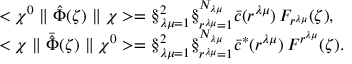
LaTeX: \begin{array} { l } { { < \chi ^ { 0 } \parallel \hat { \Phi } ( \zeta ) \parallel \chi > = \S _ { \lambda \mu = 1 } ^ { 2 } \S _ { r ^ { \lambda \mu } = 1 } ^ { N _ { \lambda \mu } } \bar { c } ( r ^ { \lambda \mu } ) \, F _ { r ^ { \lambda \mu } } ( \zeta ) , } } \\ { { < \chi \parallel \bar { \hat { \Phi } } ( \zeta ) \parallel \chi ^ { 0 } > = \S _ { \lambda \mu = 1 } ^ { 2 } \S _ { r ^ { \lambda \mu } = 1 } ^ { N _ { \lambda \mu } } { \bar { c } } ^ { * } ( r ^ { \lambda \mu } ) \, F ^ { r ^ { \lambda \mu } } ( \zeta ) . } } \end{array}